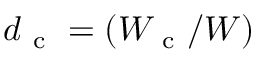
d _ { \mathrm { ~ c ~ } } = ( W _ { \mathrm { ~ c ~ } } / W )